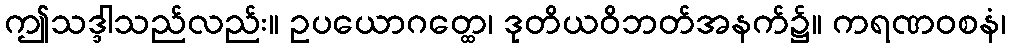
ဤသဒ္ဒါသည်လည်း။ ဥပယောဂတ္ထေ၊ ဒုတိယဝိဘတ်အနက်၌။ ကရဏဝစနံ၊